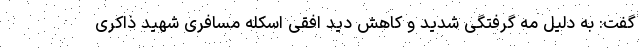
گفت: به دلیل مه گرفتگی شدید و کاهش دید افقی اسکله مسافری شهید ذاکری